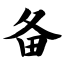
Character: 备